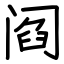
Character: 阎